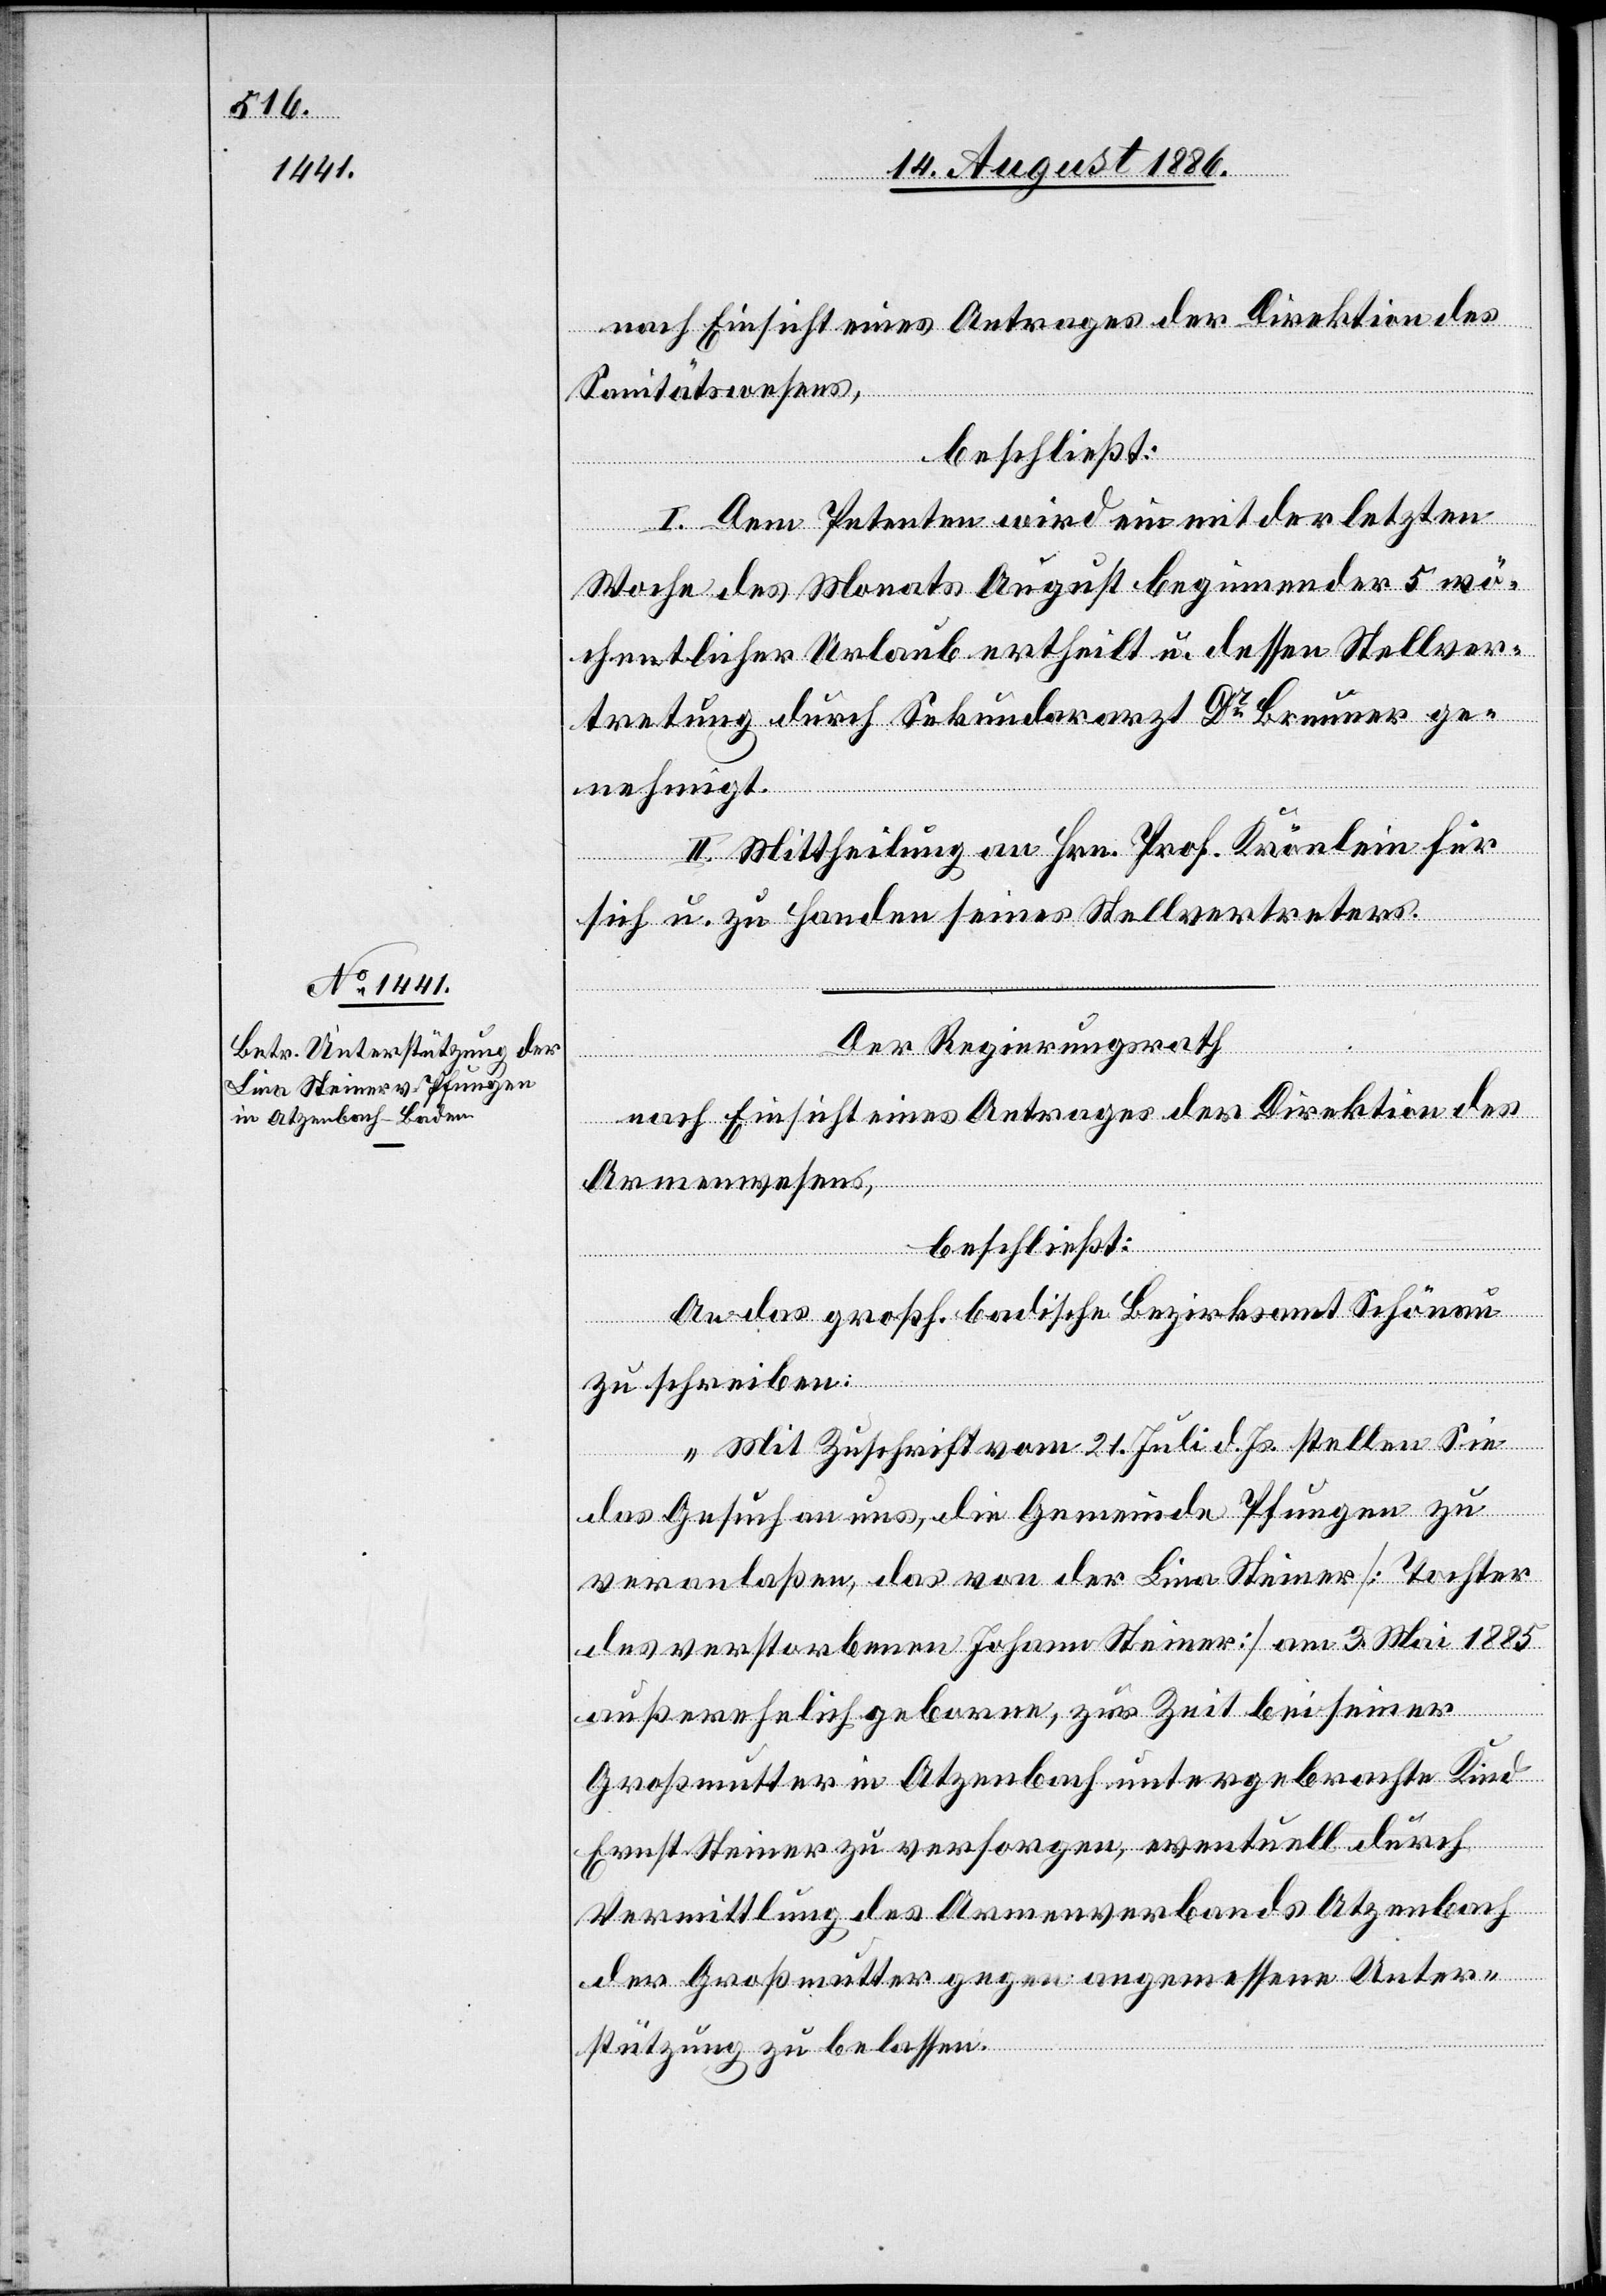
nach Einsicht eines Antrages der Direktion des
Sanitätswesens,
beschließt:
1. Dem Petenten wird ein mit der letzten
Woche des Monats August beginnender 5 wö¬
chentlicher Urlaub ertheilt u. dessen Stellver¬
tretung durch Sekundararzt Dr Brunner ge¬
nehmigt.
2. Mittheilung an Hrn. Prof. Krönlein für
sich u. zu Handen seines Stellvertreters.
Der Regierungsrath,
nach Einsicht eines Antrages der Direktion des
Armenwesens,
beschließt:
An das großh. badische Bezirksamt Schönau
zu schreiben:
„Mit Zuschrift vom 21. Juli d. Js. stellen Sie
das Gesuch an uns, die Gemeinde Pfungen zu
veranlaßen, das von der Lina Steiner [Tochter
des verstorbenen Johann Steiner] am 3. Mai 1885
außerehelich geborene, zur Zeit bei seiner
Großmutter in Atzenbach untergebrachte Kind
Ernst Steiner zu versorgen, eventuell durch
Vermittlung des Armenverbands Atzenbach
der Großmutter gegen angemessene Unter¬
stützung zu belassen.